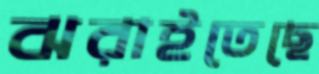
ঝরাইতেছে